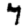
Digit: 7